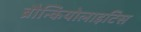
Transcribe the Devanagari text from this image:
ब्रौन्कियोलाइटिस